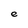
Character: e